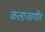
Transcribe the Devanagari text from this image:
कलाजाणीव